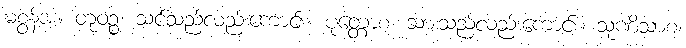
မစွန့်အံ့။ တုဝဉ္စ၊ သင်သည်လည်းကောင်း။ ပုတ္တောစ၊ သားသည်လည်းကောင်း။ သုဏိသာစ၊